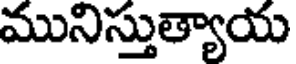
మునిస్తుత్యాయ